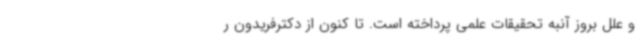
و علل بروز آنبه تحقیقات علمی پرداخته است. تا کنون از دکترفریدون ر